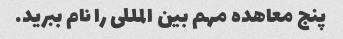
پنج معاهده مهم بین المللی را نام ببرید.